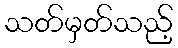
သတ်မှတ်သည့်